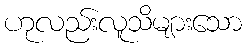
ဟုလည်းလူသိများသော